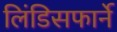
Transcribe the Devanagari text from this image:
लिंडिसफार्ने